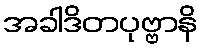
အခါဒိတပုဗ္ဗာနိ